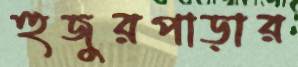
হুজুরপাড়ার